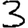
Digit: 3